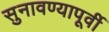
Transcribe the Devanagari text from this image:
सुनावण्यापूर्वी